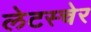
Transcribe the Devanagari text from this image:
लेटस्चेर